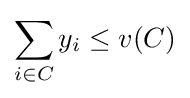
\sum _{i\in C}y_{i}\leq v(C)